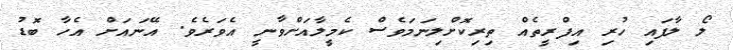
ލޯ ލާފައި ހުރި އިފްރީތެއް ތިރިކޮށްލިނަމަވެސް ކެމީލާއަށްވާނީ އެވަރެވެ. އޭނައަށް އެހާ ބޮޑު